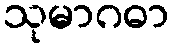
သုမာဂဓာ